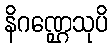
နိဂဏ္ဌေသုပိ